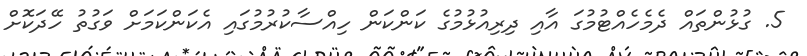
5. ގުޅުންތައް ދެމެހެއްޓުމުގަ އާއި ދިރިއުޅުމުގެ ކަންކަން ހިއްސާކުރުމުގައި އެކަންކަމަށް ވަގުތު ހޭދަކޮށް